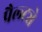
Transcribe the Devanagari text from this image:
पैल्ट्ये